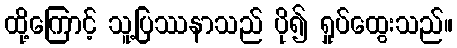
ထို့ကြောင့် သူ့ပြဿနာသည် ပို၍ ရှုပ်ထွေးသည်။